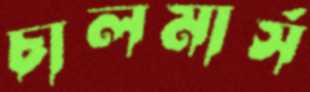
চালমার্স